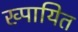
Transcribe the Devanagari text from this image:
ख्पायित